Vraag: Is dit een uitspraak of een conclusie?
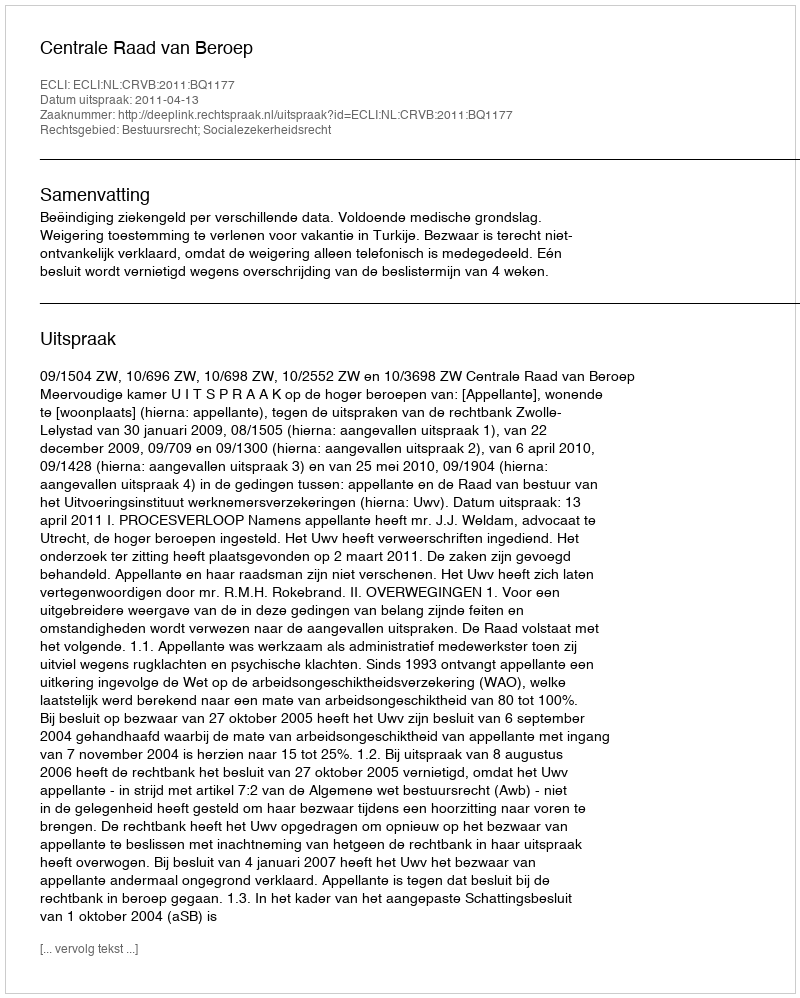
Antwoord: Uitspraak